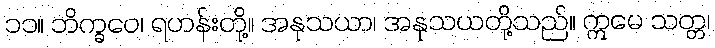
၁၁။ ဘိက္ခဝေ၊ ရဟန်းတို့။ အနုသယာ၊ အနုသယတို့သည်။ ဣမေ သတ္တ၊